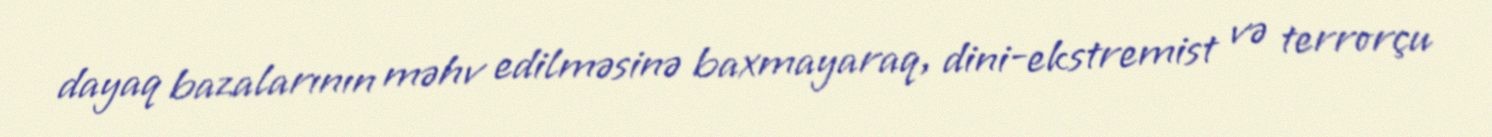
dayaq bazalarının məhv edilməsinə baxmayaraq, dini-ekstremist və terrorçu